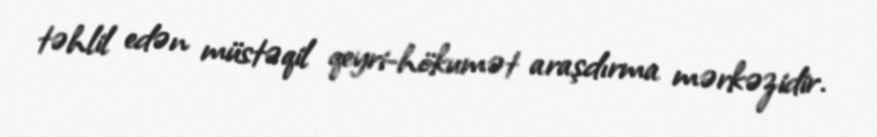
təhlil edən müstəqil qeyri-hökumət araşdırma mərkəzidir.